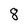
Character: 8